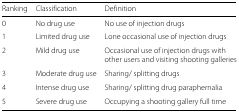
<table><thead><tr><td><b>Ranking</b></td><td><b>Classification</b></td><td><b>Definition</b></td></tr></thead><tbody><tr><td>0</td><td>No drug use</td><td>No use of injection drugs</td></tr><tr><td>1</td><td>Limited drug use</td><td>Lone occasional use of injection drugs</td></tr><tr><td>2</td><td>Mild drug use</td><td>Occasional use of injection drugs with other users and visiting shooting galleries</td></tr><tr><td>3</td><td>Moderate drug use</td><td>Sharing/ splitting drugs</td></tr><tr><td>4</td><td>Intense drug use</td><td>Sharing/ splitting drug paraphernalia</td></tr><tr><td>5</td><td>Severe drug use</td><td>Occupying a shooting gallery full time</td></tr></tbody></table>